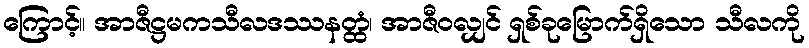
ကြောင့်။ အာဇီဋ္ဌမကသီလဒဿနတ္ထံ၊ အာဇီဝလျှင် ရှစ်ခုမြောက်ရှိသော သီလကို